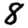
Digit: 8